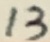
Text: 13